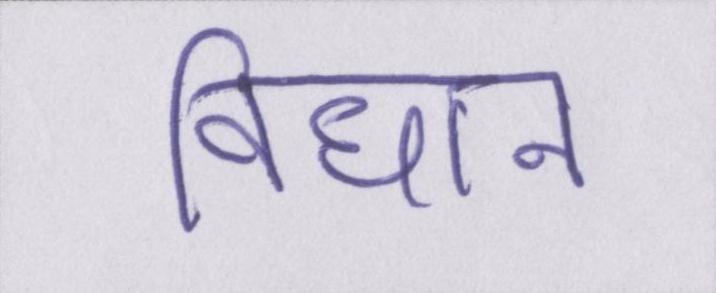
विधान